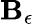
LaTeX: \mathbf{B}_{\epsilon}